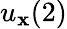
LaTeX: u_{\mathbf{x}}(2)